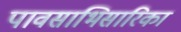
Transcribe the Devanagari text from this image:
पावसाभिसारिका